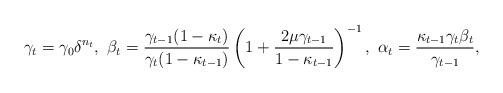
LaTeX: \begin{align*}\gamma_t=\gamma_0\delta^{n_t},\ \beta_t=\frac{\gamma_{t-1}(1-\kappa_t)}{\gamma_t(1-\kappa_{t-1})}\left(1+\frac{2\mu\gamma_{t-1}}{1-\kappa_{t-1}}\right)^{-1},\ \alpha_t=\frac{\kappa_{t-1}\gamma_{t}\beta_t}{\gamma_{t-1}},\end{align*}